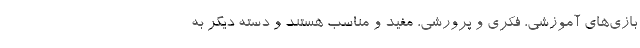
بازی‌های آموزشی، فکری و پرورشی، مفید و مناسب هستند و دسته دیگر به